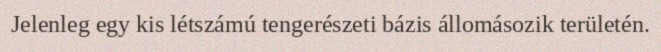
Jelenleg egy kis létszámú tengerészeti bázis állomásozik területén.